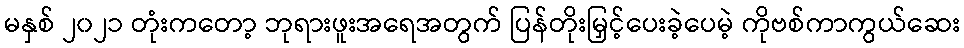
မနှစ် ၂၀၂၁ တုံးကတော့ ဘုရားဖူးအရေအတွက် ပြန်တိုးမြှင့်ပေးခဲ့ပေမဲ့ ကိုဗစ်ကာကွယ်ဆေး